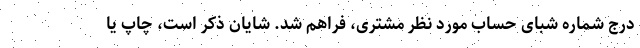
درج شماره شبای حساب مورد نظر مشتری، فراهم شد. شایان ذکر است، چاپ یا